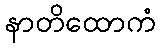
နာတိထောကံ